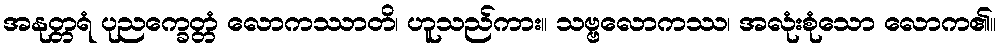
အနုတ္တရံ ပုညက္ခေတ္တံ လောကဿာတိ၊ ဟူသည်ကား။ သဗ္ဗလောကဿ၊ အလုံးစုံသော လောက၏။